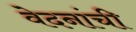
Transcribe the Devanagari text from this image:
वेदनांची